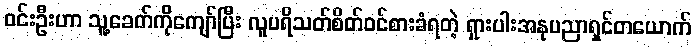
ဝင်းဦးဟာ သူ့ခေတ်ကိုကျော်ပြီး လူပရိသတ်စိတ်ဝင်စားခံရတဲ့ ရှားပါးအနုပညာရှင်တယောက်